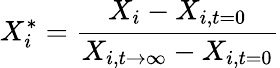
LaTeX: X_{i}^{*}=\frac{X_{i}-X_{i,t=0}}{X_{i,t\rightarrow\infty}-X_{i,t=0}}